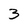
Character: 3